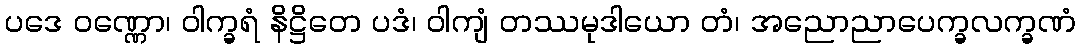
ပဒေ ဝဏ္ဏော၊ ဝါက္ခရံ နိဋ္ဌိတေ ပဒံ၊ ဝါကျံ တဿမုဒါယော တံ၊ အညောညာပေက္ခလက္ခဏံ